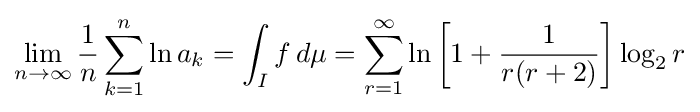
\lim _{n\to \infty }{\frac {1}{n}}\sum _{k=1}^{n}\ln a_{k}=\int _{I}f\,d\mu =\sum _{r=1}^{\infty }\ln \left[1+{\frac {1}{r(r+2)}}\right]\log _{2}r